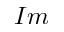
I m